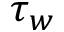
\tau _ { w }